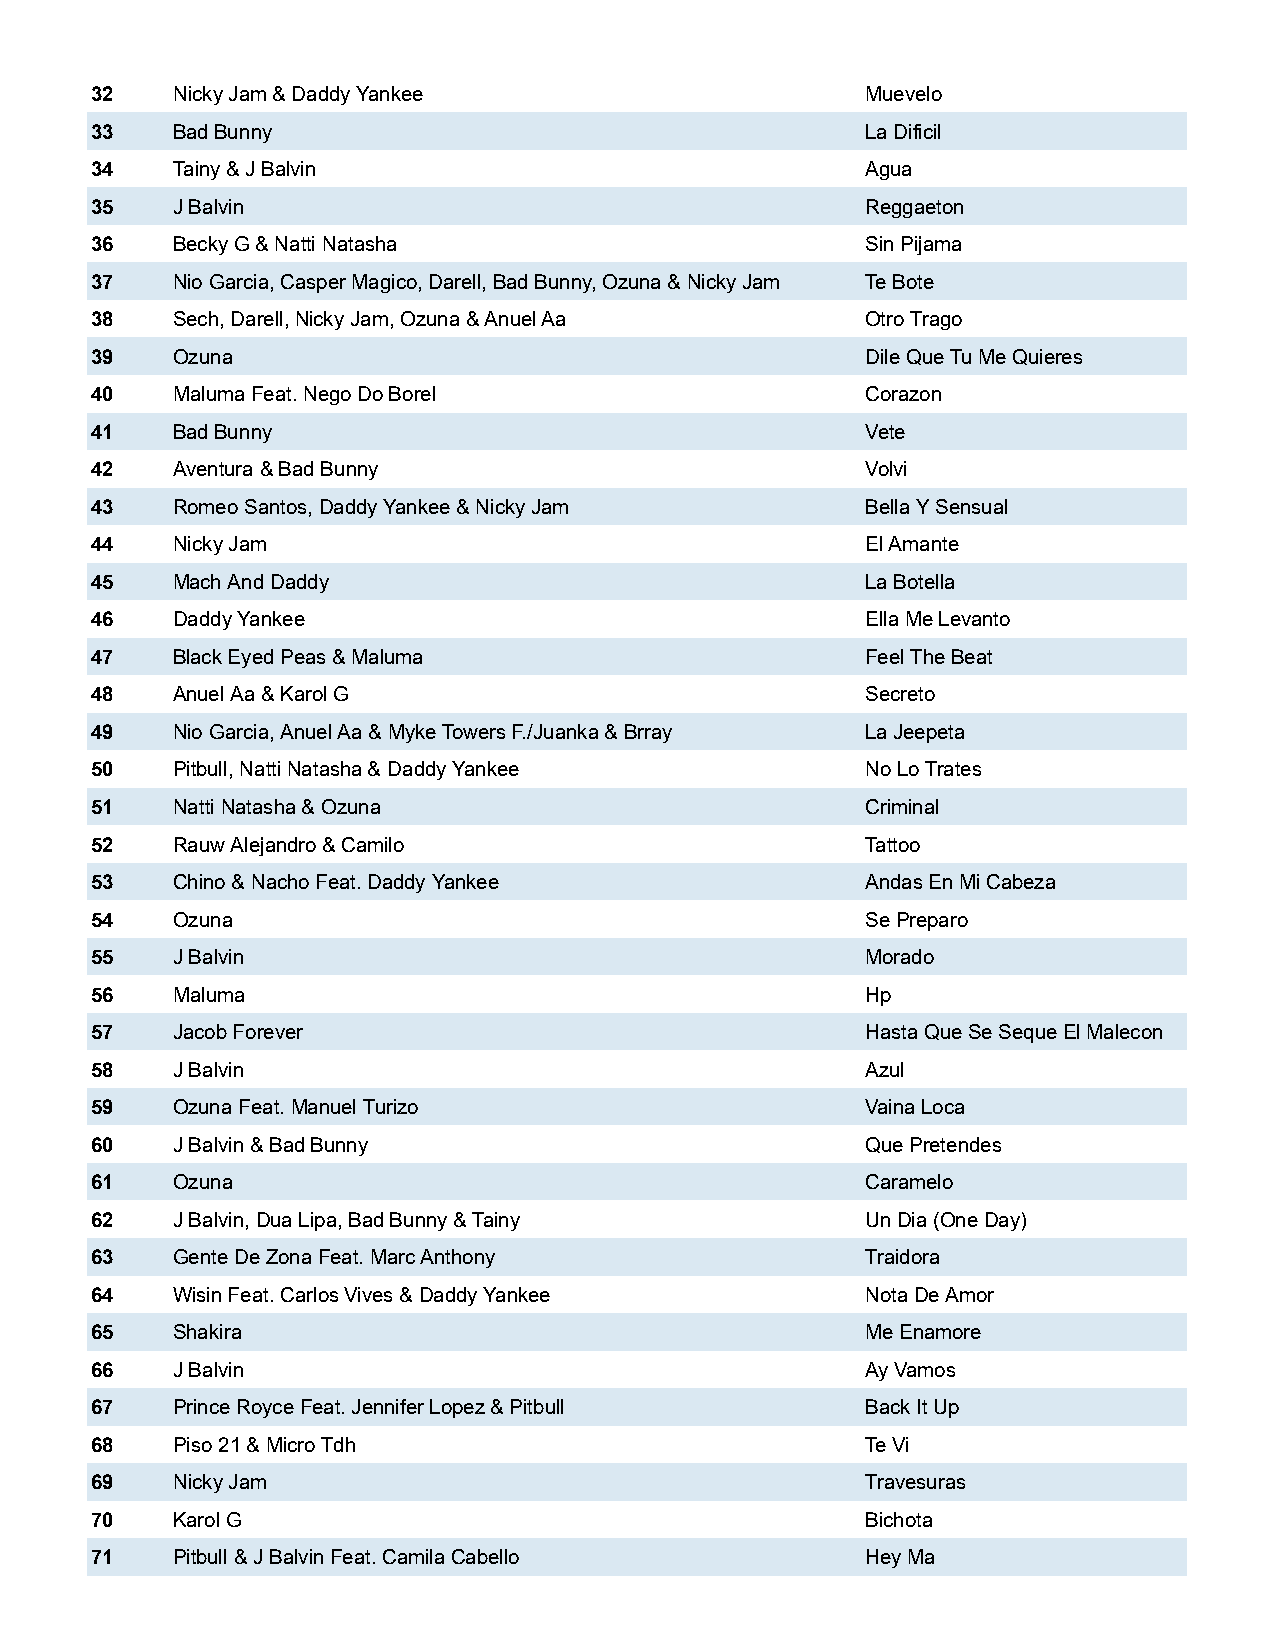
32   Nicky Jam & Daddy Yankee                      Muevelo
 33   Bad Bunny                                     La Dificil
 34   Tainy & J Balvin                              Agua
 35   J Balvin                                      Reggaeton
 36   Becky G & Natti Natasha                       Sin Pijama
 37   Nio Garcia, Casper Magico, Darell, Bad Bunny, Ozuna & Nicky Jam Te Bote
 38   Sech, Darell, Nicky Jam, Ozuna & Anuel Aa     Otro Trago
 39   Ozuna                                         Dile Que Tu Me Quieres
 40   Maluma Feat. Nego Do Borel                    Corazon
 41   Bad Bunny                                     Vete
 42   Aventura & Bad Bunny                          Volvi
 43   Romeo Santos, Daddy Yankee & Nicky Jam        Bella Y Sensual
 44   Nicky Jam                                     El Amante
 45   Mach And Daddy                                La Botella
 46   Daddy Yankee                                  Ella Me Levanto
 47   Black Eyed Peas & Maluma                      Feel The Beat
 48   Anuel Aa & Karol G                            Secreto
 49   Nio Garcia, Anuel Aa & Myke Towers F./Juanka & Brray La Jeepeta
 50   Pitbull, Natti Natasha & Daddy Yankee         No Lo Trates
 51   Natti Natasha & Ozuna                         Criminal
 52   Rauw Alejandro & Camilo                       Tattoo
 53   Chino & Nacho Feat. Daddy Yankee              Andas En Mi Cabeza
 54   Ozuna                                         Se Preparo
 55   J Balvin                                      Morado
 56   Maluma                                        Hp
 57   Jacob Forever                                 Hasta Que Se Seque El Malecon
 58   J Balvin                                      Azul
 59   Ozuna Feat. Manuel Turizo                     Vaina Loca
 60   J Balvin & Bad Bunny                          Que Pretendes
 61   Ozuna                                         Caramelo
 62   J Balvin, Dua Lipa, Bad Bunny & Tainy         Un Dia (One Day)
 63   Gente De Zona Feat. Marc Anthony              Traidora
 64   Wisin Feat. Carlos Vives & Daddy Yankee       Nota De Amor
 65   Shakira                                       Me Enamore
 66   J Balvin                                      Ay Vamos
 67   Prince Royce Feat. Jennifer Lopez & Pitbull   Back It Up
 68   Piso 21 & Micro Tdh                           Te Vi
 69   Nicky Jam                                     Travesuras
 70   Karol G                                       Bichota
 71   Pitbull & J Balvin Feat. Camila Cabello       Hey Ma